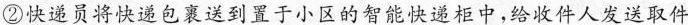
②快递员将快递包裹送到置于小区的智能快递柜中，给收件人发送取件